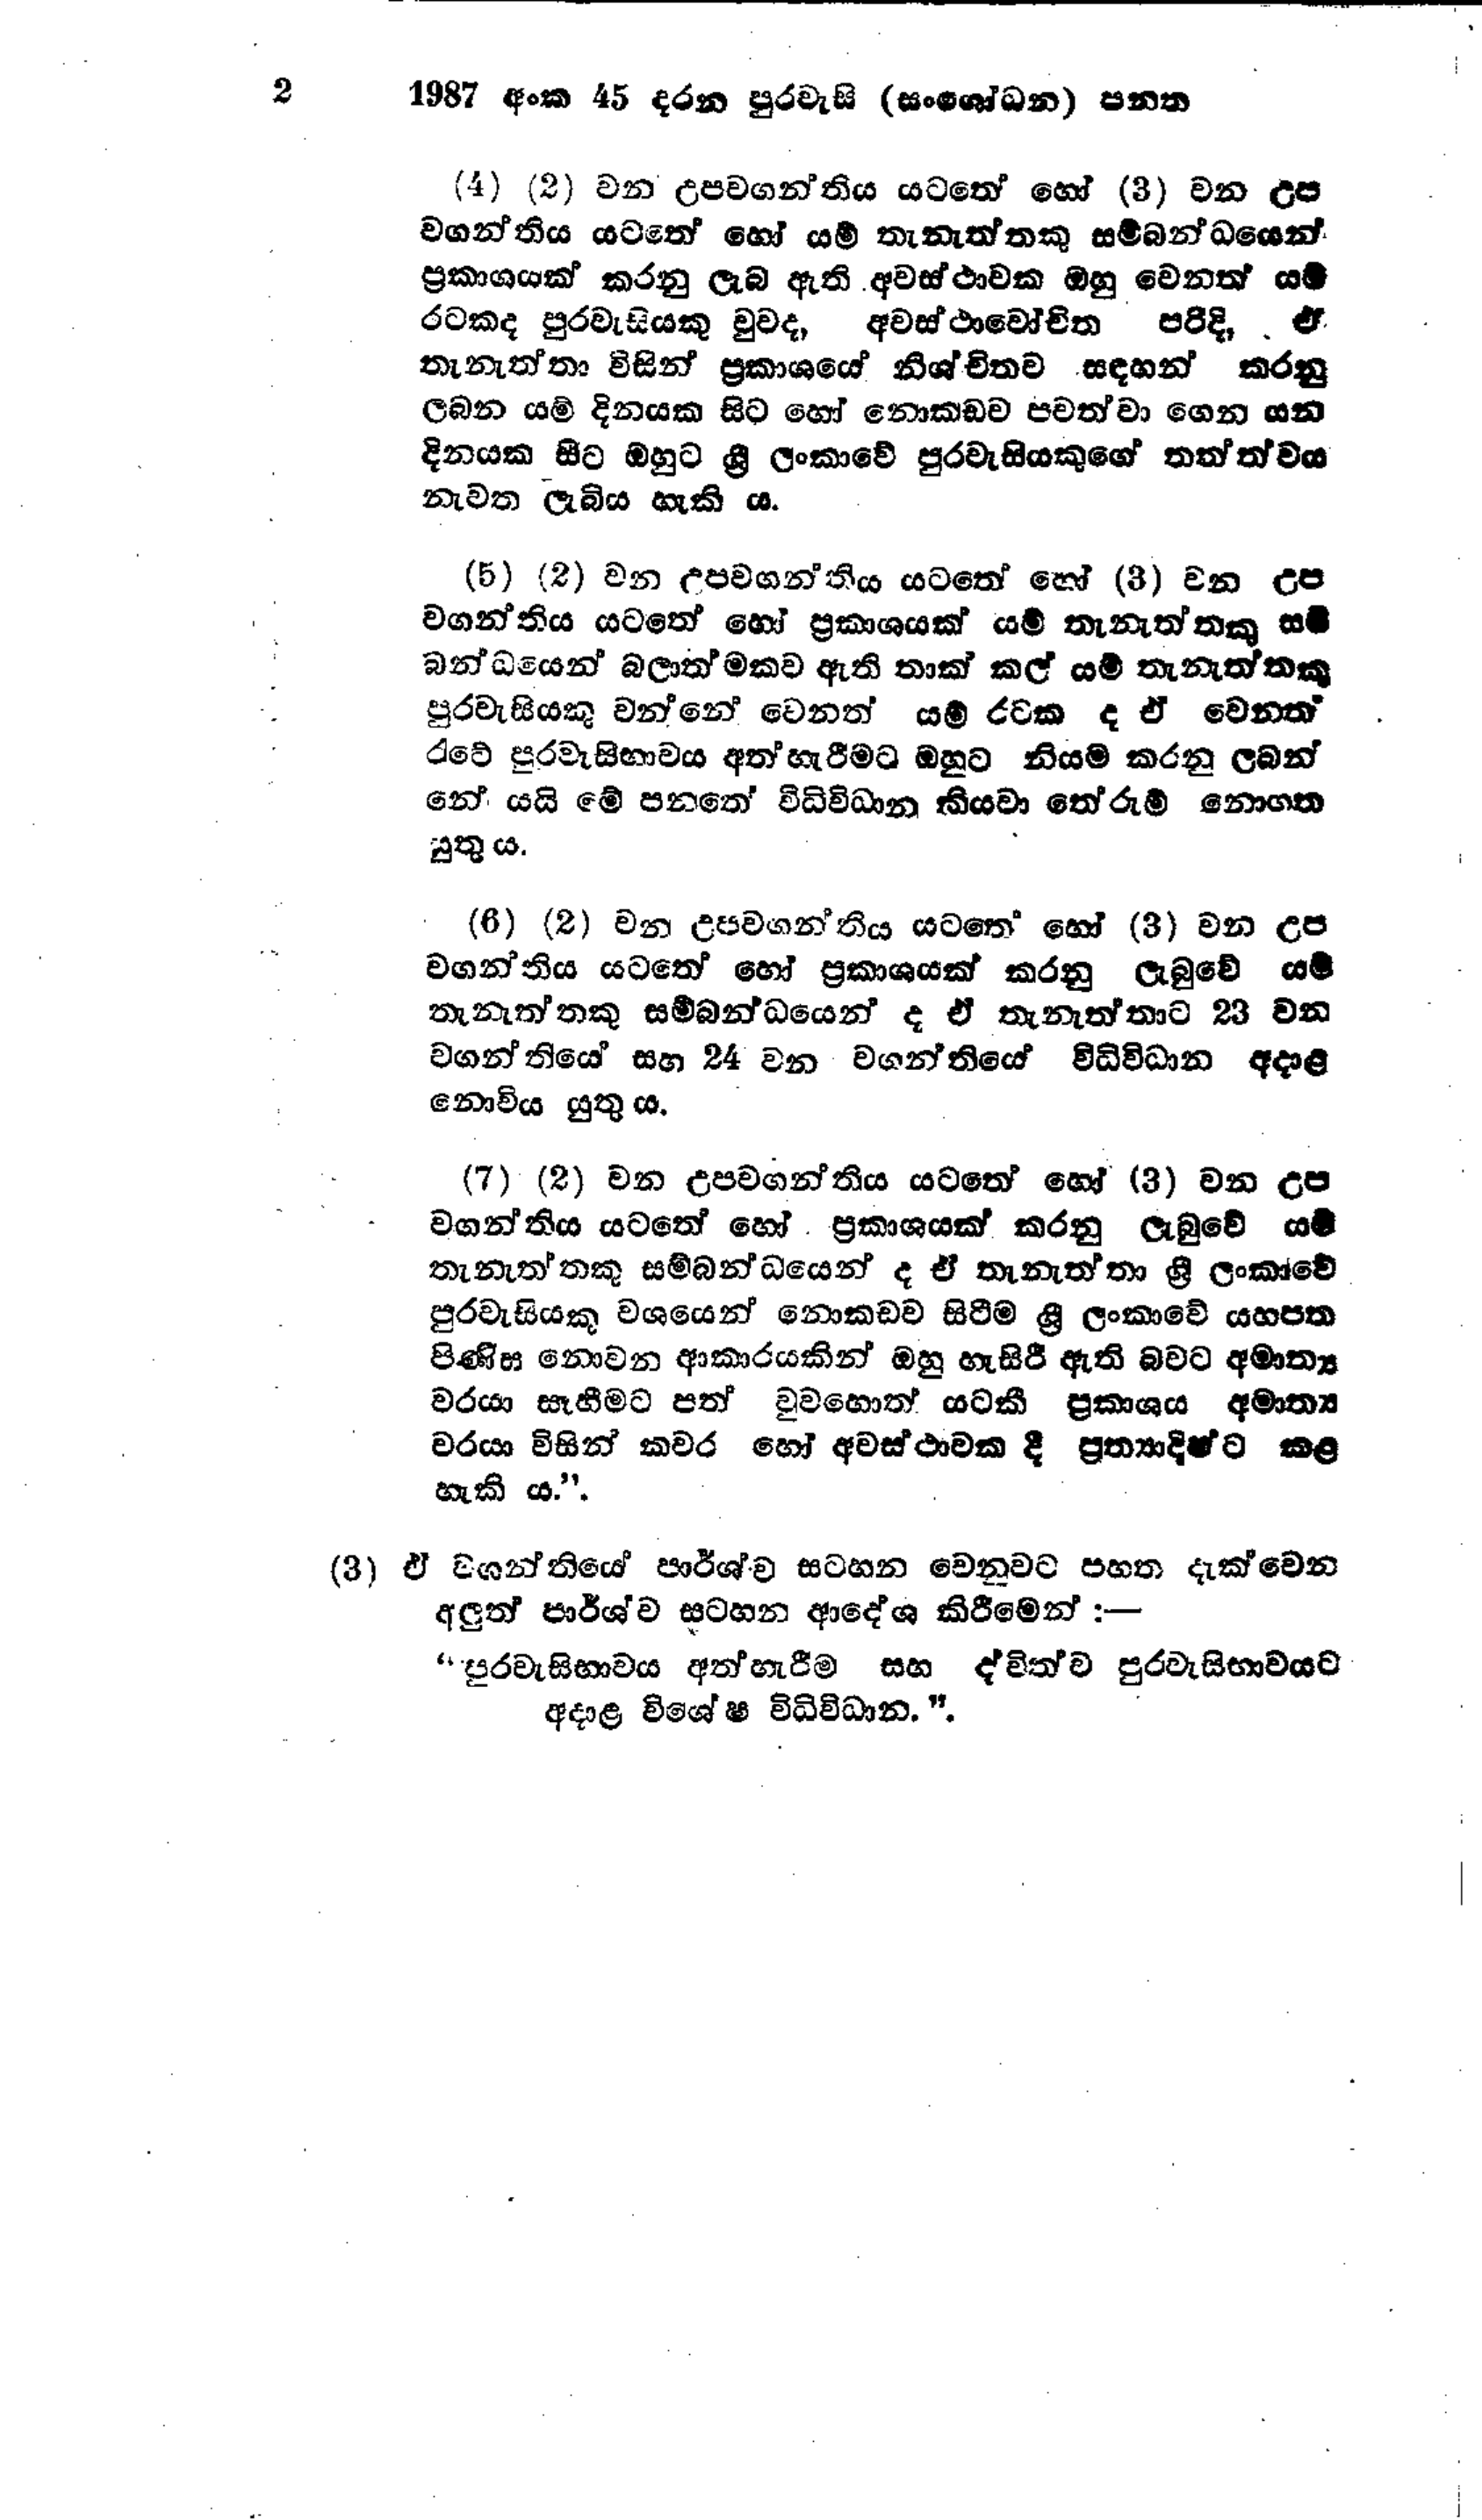
2 1987 අංක 45 දරන පුරවැසි (සංශෝධන ) පනත

(4) (2) වන උපවගන්තිය යටතේ හෝ (3) වන උප
වගන්තිය යටතේ හෝ යම් තැනැත්තකු සම්බන්ධයෙන්
ප්‍රකාශයක් කරනු ලැබ ඇති අවස්ථාවක ඔහු වෙනත් යම්
රටකද පුරවැසියකු වුව ද, අවස්ථාවෝචිත පරිදි, ඒ
තැනැත්තා විසින් ප්‍රකාශයේ නිශ්චිතව සඳහන් කරනු
ලබන යම් දිනයක සිට හෝ නොකඩව පවත්වාගෙන යන
දිනයක සිට ඔහුට ශ්‍රී ලංකාවේ පුරවැසියකුගේ තත්ත්වය
නැවත ලැබිය හැකි ය.

(5) (2) වන උපවගන්තිය යටතේ හෝ (3) වන උප
වගන්තිය යටතේ හෝ ප්‍රකාශයක් යම් තැනැත්තකු සම්
බන්ධයෙන් බලාත්මකව ඇති තාක් කල් යම් තැනැත්තකු
පුරවැසියකු වන්නේ වෙනත් යම් රටක ද ඒ වෙනත්
රැටේ පුරවැසිභාවය අත්හැරීමට ඔහුට නියම කරනු ලබන්
නේ යයි මේ පනතේ විධිවිධාන කියවා තේරුම් නොගත
යුතු ය.

(6) (2) වන උපවගන්තිය යටතේ හෝ (3) වන උප
වගන්තිය යටතේ හෝ ප්‍රකාශයක් කරනු ලැබුවේ යම්
තැනැත්තකු සම්බන්ධයෙන් ද ඒ තැනැත්තාට 23 වන
වගන්තියෙ සහ 24 වන වගන්තියේ විධිවිධාන අදාළ
නොවිය යුතුය.

(7) (2) වන උපවගන්තිය යටතේ හෝ (3) වන උප
වගන්තිය යටතේ හෝ ප්‍රකාශයක් කරනු ලැබුවේ යම්
තැනැත්තකු සම්බන්ධයෙන් ද ඒ තැනැත්තා ශ්‍රී ලංකාවේ
පුරවැසියකු වශයෙන් නොකඩව සිටීම ශ්‍රී ලංකාවේ යහපත
පිණිස නොවන ආකාරයකින් ඔහු හැසිරී ඇති බවට අමාත්‍ය
වරයා සෑහීමට පත් වුවහොත් යටකී ප්‍රකාශය අමාත්‍ය
වරයා විසින් කවර හෝ අවස්ථාවක දී ප්‍රත්‍යාදිෂ්ට කළ
හැකි ය.".

(3) ඒ වගන්තියේ පාර්ශව සටහන වෙනුවට පහත දැක්වෙන
අලුත් පාර්ශ්ව සටහන ආදේශ කිරීමෙන් :-

"පුරවැසිභාවය අත්හැරීම සහ ද්විත්ව පුරවැසිභාවයට
අදාළ විශේෂ විධිවිධාන.".